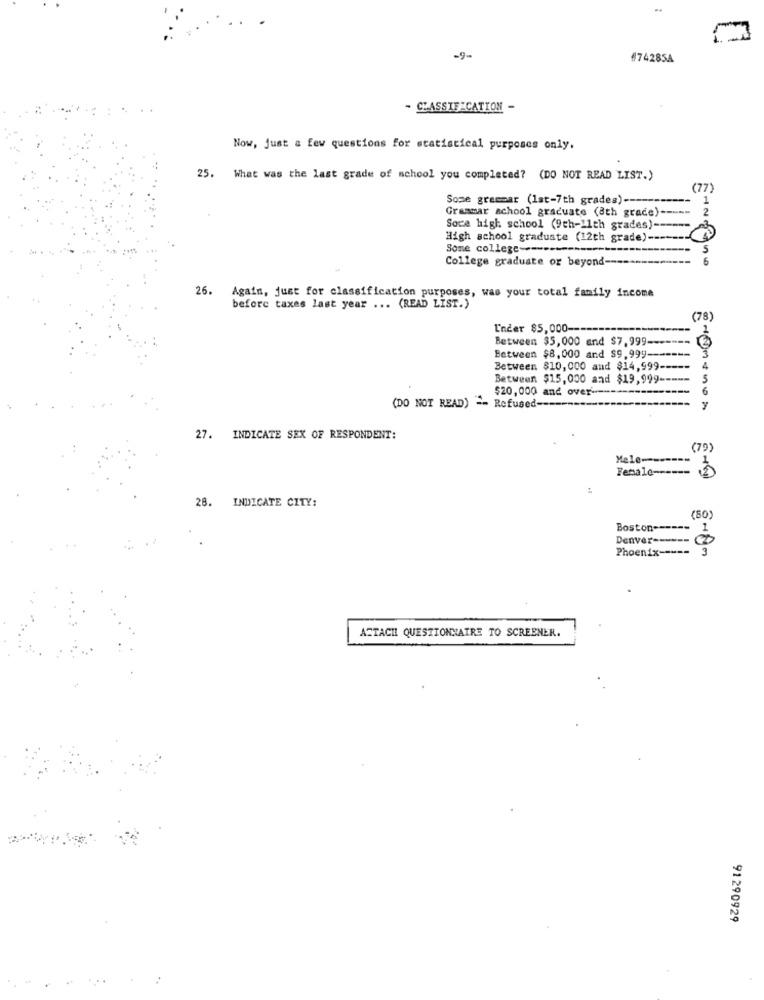
-9-
#74285A
CLASSIFICATION -
Now, just a few questions for statistical purposes only.
25. What was the last grade of school you completed? (DO NOT READ LIST.)
(77)
Some grammar (1st-7th grades) ----
Grammar school graduate (ath grace) ---
Soce high school (9th-11th grades)-
High school graduate (12th grade) --
Some college ---
College graduate or beyond-
Siano
26. Again, just for classification purposes, was your total family income
before taxes last year ... (READ LIST.)
(78)
Under $5,000 --
Between $5,000 and $7,999-
Between $8,000 and $9.999-
Between $10,000 and $14,999-
Between $15,000 and $19,999 --
$20,000 and over --
(DO NOT READ) =- Refused ---
27. INDICATE SEX OF RESPONDENT:
(79)
Mele-
Female ------
INDICATE CITY:
28.
(80)
Boston ------ 1
Denver ------
Phoenix -----
3
ACTACHI QUESTIONNAIRE TO SCREENER.
91290929